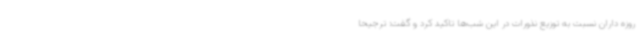
روزه داران نسبت به توزیع نذورات در این شب‌ها تاکید کرد و گفت: ترجیحا